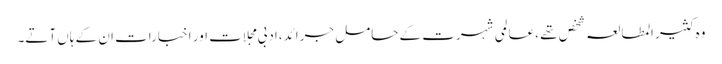
وہ کثیر المطالعہ شخص تھے ،عالمی شہرت کے حامل جرائد،ادبی مجلات اور اخبارات ان کے ہاں آتے۔